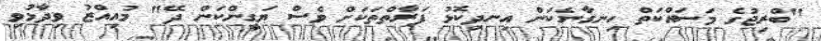
"ބްރިޖުގެ މަސައްކަތް ހިނގާނެކަން އިނދިކޮޅު ފަރާތްތަކަށް ވެސް ޔަގީންކަން ދޭ" މުއިއްޒު ވިދާޅުވި